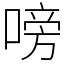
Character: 嗙